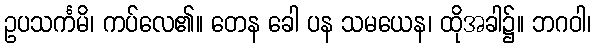
ဥပသင်္ကမိ၊ ကပ်လေ၏။ တေန ခေါ ပန သမယေန၊ ထိုအခါ၌။ ဘဂဝါ၊